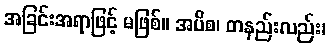
အခြင်းအရာဖြင့် မဖြစ်။ အပိစ၊ တနည်းလည်း၊